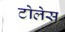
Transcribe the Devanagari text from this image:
टोलेस